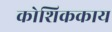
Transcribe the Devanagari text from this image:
कोशिककाय